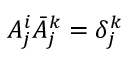
A _ { j } ^ { i } \bar { A } _ { j } ^ { k } = \delta _ { j } ^ { k }